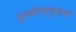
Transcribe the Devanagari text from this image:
गुरुबीजाणुधानी